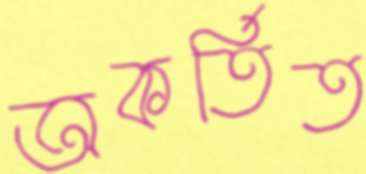
অকর্তিত